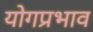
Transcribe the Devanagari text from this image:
योगप्रभाव